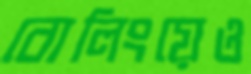
বোলিংয়েও